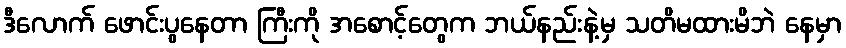
ဒီလောက် ဖောင်းပွနေတာ ကြီးကို အစောင့်တွေက ဘယ်နည်းနဲ့မှ သတိမထားမိဘဲ နေမှာ